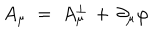
A _ { \mu } \; = \; A _ { \mu } ^ { \perp } \, + \, \partial _ { \mu } \varphi